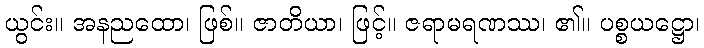
ယွင်း။ အနညထော၊ ဖြစ်။ ဇာတိယာ၊ ဖြင့်။ ဇရာမရဏဿ၊ ၏။ ပစ္စယဋ္ဌော၊